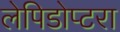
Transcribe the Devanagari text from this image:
लेपिडोप्टरा